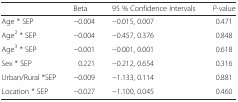
|  | Beta | 95 % Confidence Intervals | P-value |
 | --- | --- | --- | --- |
 | Age * SEP | −0.004 | −0.015, 0.007 | 0.471 |
 | Age2 * SEP | −0.004 | −0.457, 0.376 | 0.848 |
 | Age3 * SEP | −0.001 | −0.001, 0.001 | 0.618 |
 | Sex * SEP | 0.221 | −0.212, 0.654 | 0.316 |
 | Urban/Rural *SEP | −0.009 | −1.133, 0.114 | 0.881 |
 | Location * SEP | −0.027 | −1.100, 0.045 | 0.460 |